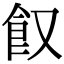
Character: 𩚄